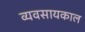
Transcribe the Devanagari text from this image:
व्यवसायकाल